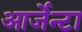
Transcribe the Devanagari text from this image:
आर्जेन्टा